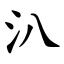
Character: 汃